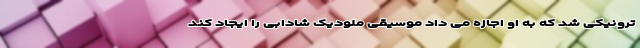
ترونیکی شد که به او اجازه می داد موسیقی ملودیک شادابی را ایجاد کند